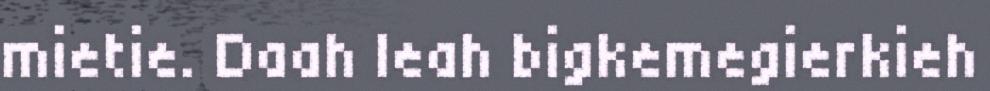
mietie. Daah leah bigkemegierkieh